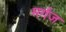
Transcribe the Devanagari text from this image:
मर्गज